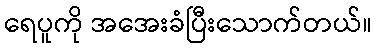
ရေပူကို အအေးခံပြီးသောက်တယ်။